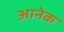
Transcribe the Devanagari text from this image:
आनेक